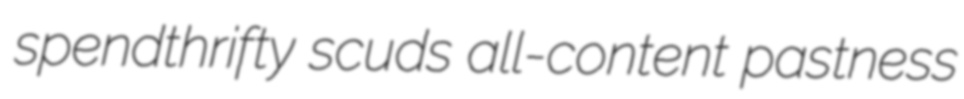
spendthrifty scuds all-content pastness